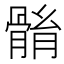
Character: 䯚